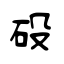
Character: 砓